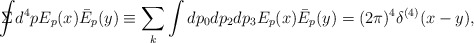
\begin{align*}\Sigma \!\!\!\!\! \displaystyle{\int} d^4p E_p(x) \bar{E}_p(y)\equiv \sum_{k} \int dp_0 dp_2 dp_3 E_p(x) \bar{E}_p(y) = (2 \pi)^4 \delta^{(4)}(x-y),\end{align*}